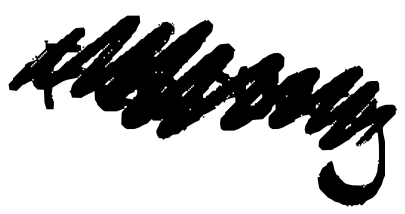
Text: February
Cross-out: scratch
Writing tool: digital_black